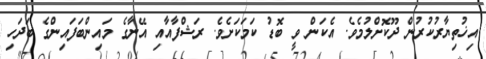
އިޚުތިޔާރުކުރުން ދޫކޮށްލުމެވެ. އެކަން ވީ ބޮޑު ކަމަކަށެވެ. ރަޝްފާއާއި އޭނާގެ މައިންބަފައިންގެ ބަދަހި